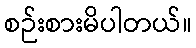
စဉ်းစားမိပါတယ်။